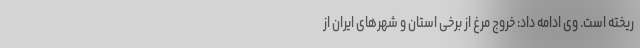
ریخته است. وی ادامه داد: خروج مرغ از برخی استان و شهر‌های ایران از